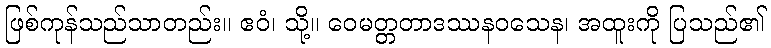
ဖြစ်ကုန်သည်သာတည်း။ ဧဝံ၊ သို့။ ဝေမတ္တတာဒဿနဝသေန၊ အထူးကို ပြသည်၏